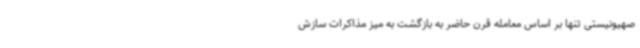
صهیونیستی تنها بر اساس معامله قرن حاضر به بازگشت به میز مذاکرات سازش